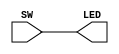

module writingFileTest (
input SW,
output LED
);

assign LED = SW;


initial begin

end
    
endmodule